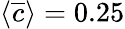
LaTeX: \langle\overline{{c}}\rangle=0.25